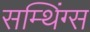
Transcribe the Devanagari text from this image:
सम्थिंग्स